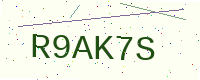
Text: R9AK7S